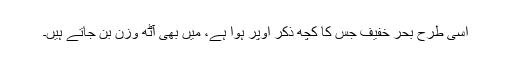
اسی طرح بحر خفیف جس کا کچھ ذکر اوپر ہوا ہے، میں بھی آٹھ وزن بن جاتے ہیں۔